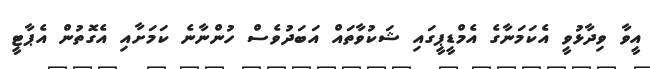
އީވާ ވިދާޅުވީ އެކަމަނާގެ އެމްޑީޕީގައި ޝަކުވާތައް އަބަދުވެސް ހުންނާނެ ކަމަށާއި އެގޮތުން އެޕާޓީ